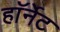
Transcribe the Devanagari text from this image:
हाॅर्नेट